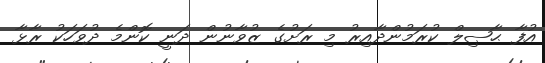
އުފާ ޙާޞިލް ކުރަމުންދާއިރު މި ރަށުގެ ޒުވާނުން ދަނީ ކޮންމެ ދުވަހަކު ރާޅާ